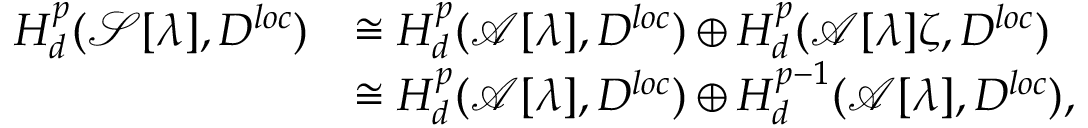
\begin{array} { r l } { H _ { d } ^ { p } ( \mathcal { S } [ \lambda ] , D ^ { l o c } ) } & { \cong H _ { d } ^ { p } ( \mathcal { A } [ \lambda ] , D ^ { l o c } ) \oplus H _ { d } ^ { p } ( \mathcal { A } [ \lambda ] \zeta , D ^ { l o c } ) } \\ & { \cong H _ { d } ^ { p } ( \mathcal { A } [ \lambda ] , D ^ { l o c } ) \oplus H _ { d } ^ { p - 1 } ( \mathcal { A } [ \lambda ] , D ^ { l o c } ) , } \end{array}